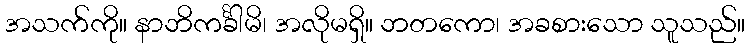
အသက်ကို။ နာဘိကင်္ခါမိ၊ အလိုမရှိ။ ဘတကော၊ အခစားသော သူသည်။